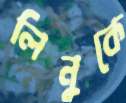
লিনুকে